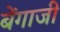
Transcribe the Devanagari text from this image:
बेंगाजी